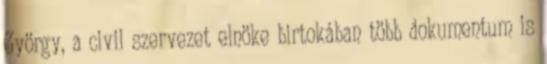
György, a civil szervezet elnöke birtokában több dokumentum is